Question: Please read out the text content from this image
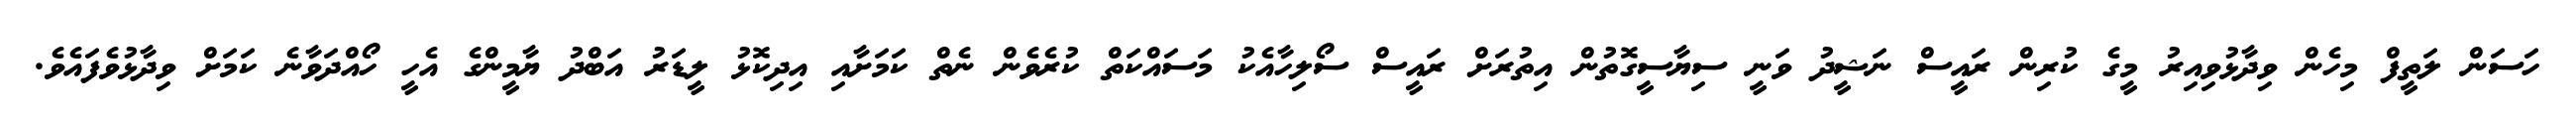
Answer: ހަސަން ލަތީފް މިހެން ވިދާޅުވިއިރު މީގެ ކުރިން ރައީސް ނަޝީދު ވަނީ ސިޔާސީގޮތުން އިތުރަށް ރައީސް ސޯލިހާއެކު މަސައްކަތް ކުރެވެން ނެތް ކަމަށާއި އިދިކޮޅު ލީޑަރު އަބްދު ޔާމީންގެ އެހީ ހޯއްދަވާނެ ކަމަށް ވިދާޅުވެފައެވެ.